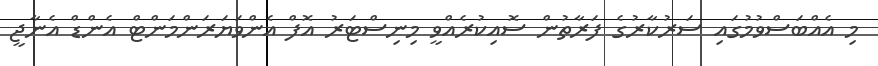
މި އެއްބަސްވުމުގައި ސަރުކާރުގެ ފަރާތުން ސޮއިކުރެއްވީ މިނިސްޓަރު އޮފް އެންވަޔަރަންމަންޓް އެންޑް އެނާޖީ